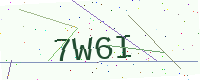
Text: 7W6I